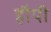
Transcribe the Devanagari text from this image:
हौपी